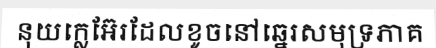
នុយក្លេអ៊ែរដែលខូចនៅឆ្នេរសមុទ្រភាគ